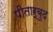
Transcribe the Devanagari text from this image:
पीतार्बुद